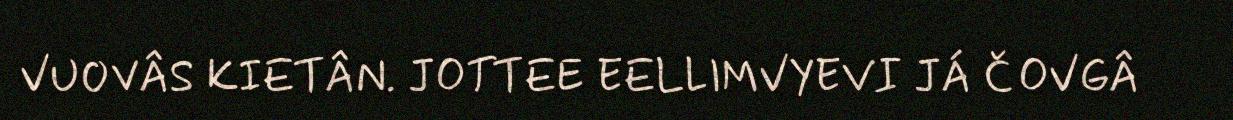
VUOVÂS KIETÂN. JOTTEE EELLIMVYEVI JÁ ČOVGÂ